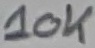
Text: 10K